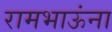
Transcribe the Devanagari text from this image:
रामभाऊंना